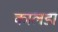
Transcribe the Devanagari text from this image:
कालडा